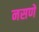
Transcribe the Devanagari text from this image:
नसणें